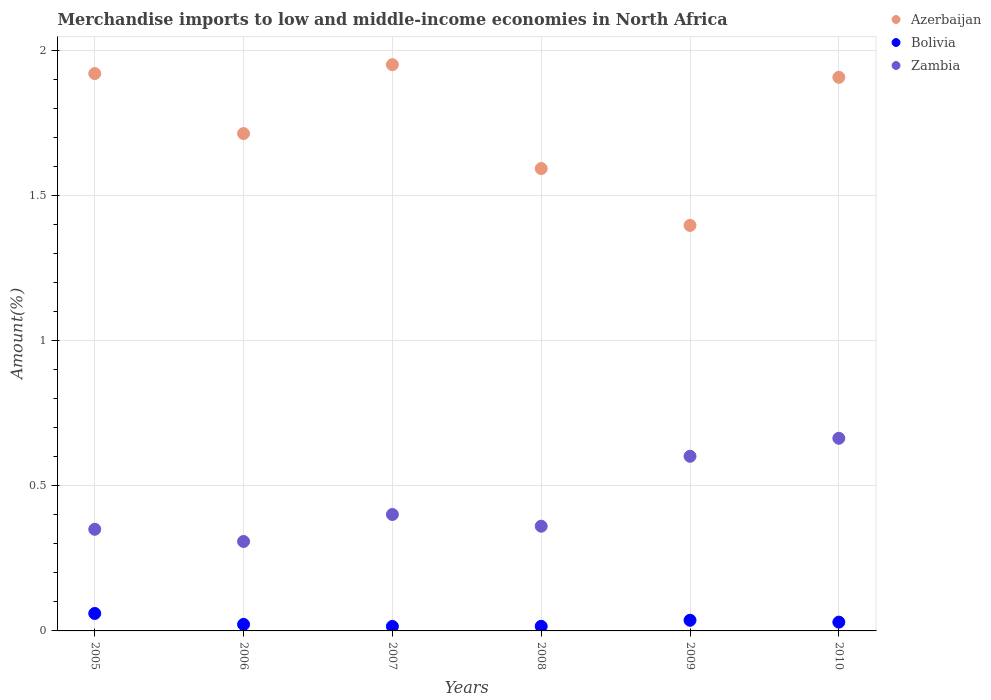
| Years | Azerbaijan | Bolivia | Zambia |
 | --- | --- | --- | --- |
 | 2005 | 1.92 | 0.0602 | 0.35 |
 | 2006 | 1.71 | 0.0224 | 0.308 |
 | 2007 | 1.95 | 0.0155 | 0.401 |
 | 2008 | 1.59 | 0.0159 | 0.361 |
 | 2009 | 1.4 | 0.0367 | 0.602 |
 | 2010 | 1.91 | 0.0303 | 0.664 |